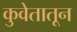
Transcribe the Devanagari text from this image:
कुवेतातून